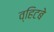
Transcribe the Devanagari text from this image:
व्हिटबे